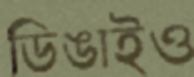
ডিঙাইও